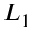
L _ { 1 }